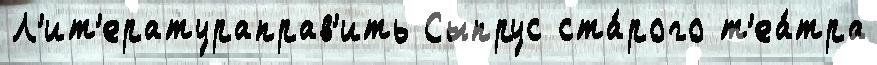
Л'ит'ератураправ'ить Сыпрус ста́рого т'еа́тра